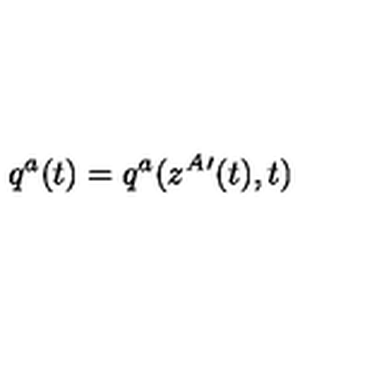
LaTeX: q ^ { a } ( t ) = q ^ { a } ( z ^ { A } { } ^ { \prime } ( t ) , t )